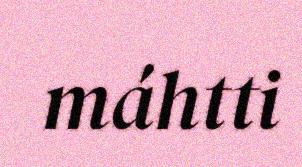
máhtti